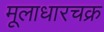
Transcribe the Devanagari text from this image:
मूलाधारचक्र